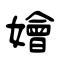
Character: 嬒